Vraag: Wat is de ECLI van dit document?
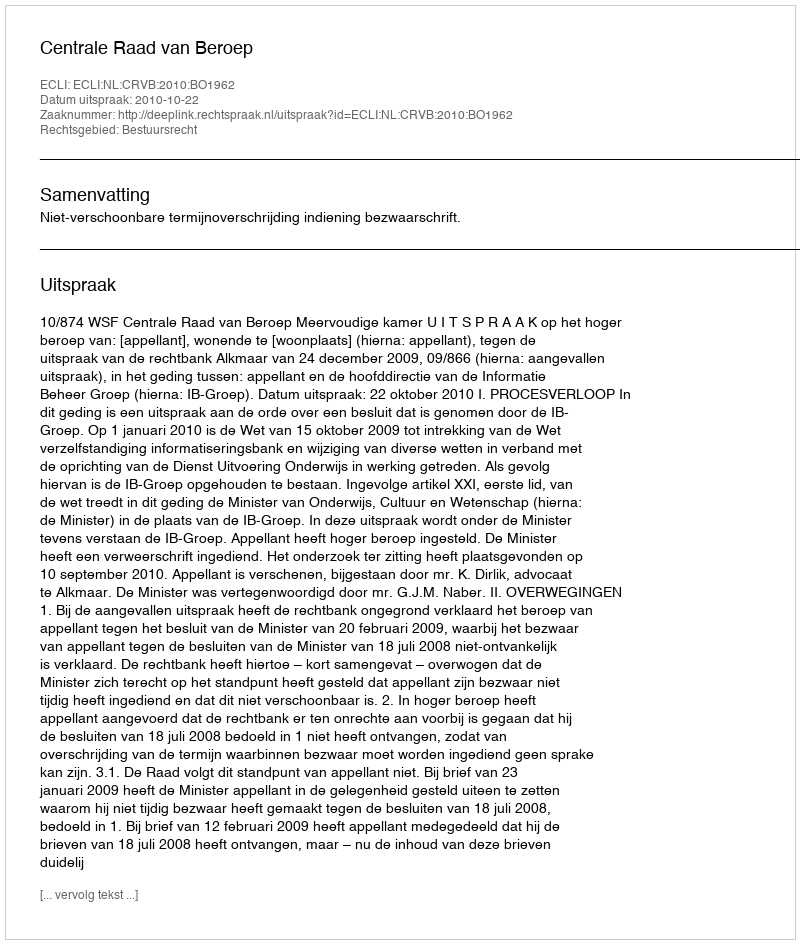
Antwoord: ECLI:NL:CRVB:2010:BO1962